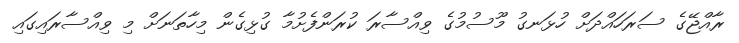
ރާއްޖޭގެ ސަރަހައްދަށް ހުޅަނގު މޫސުމުގެ ވިއްސާރަ ކުރަންފެށުމާ ގުޅިގެން މިހާތަނަށް މި ވިއްސާރައިގައި